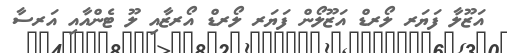
އަޒޫލާ ފަޔަރ ލޯރޑް އަޒޫލޯން ފަޔަރ ލޯރޑް އޯރޒާއި ލޫ ޓެންއާއި އަރސާ